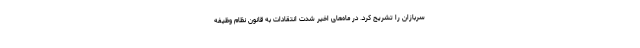
سربازان را تشریح کرد. در ماه‌های اخیر شدت انتقادات به قانون نظام وظیفه